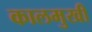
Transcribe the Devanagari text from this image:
कालमुखी